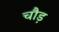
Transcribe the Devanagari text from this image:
चौड़